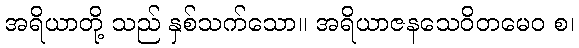
အရိယာတို့ သည် နှစ်သက်သော။ အရိယာဇနသေဝိတမေဝ စ၊